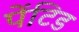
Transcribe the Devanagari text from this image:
पेंटिड